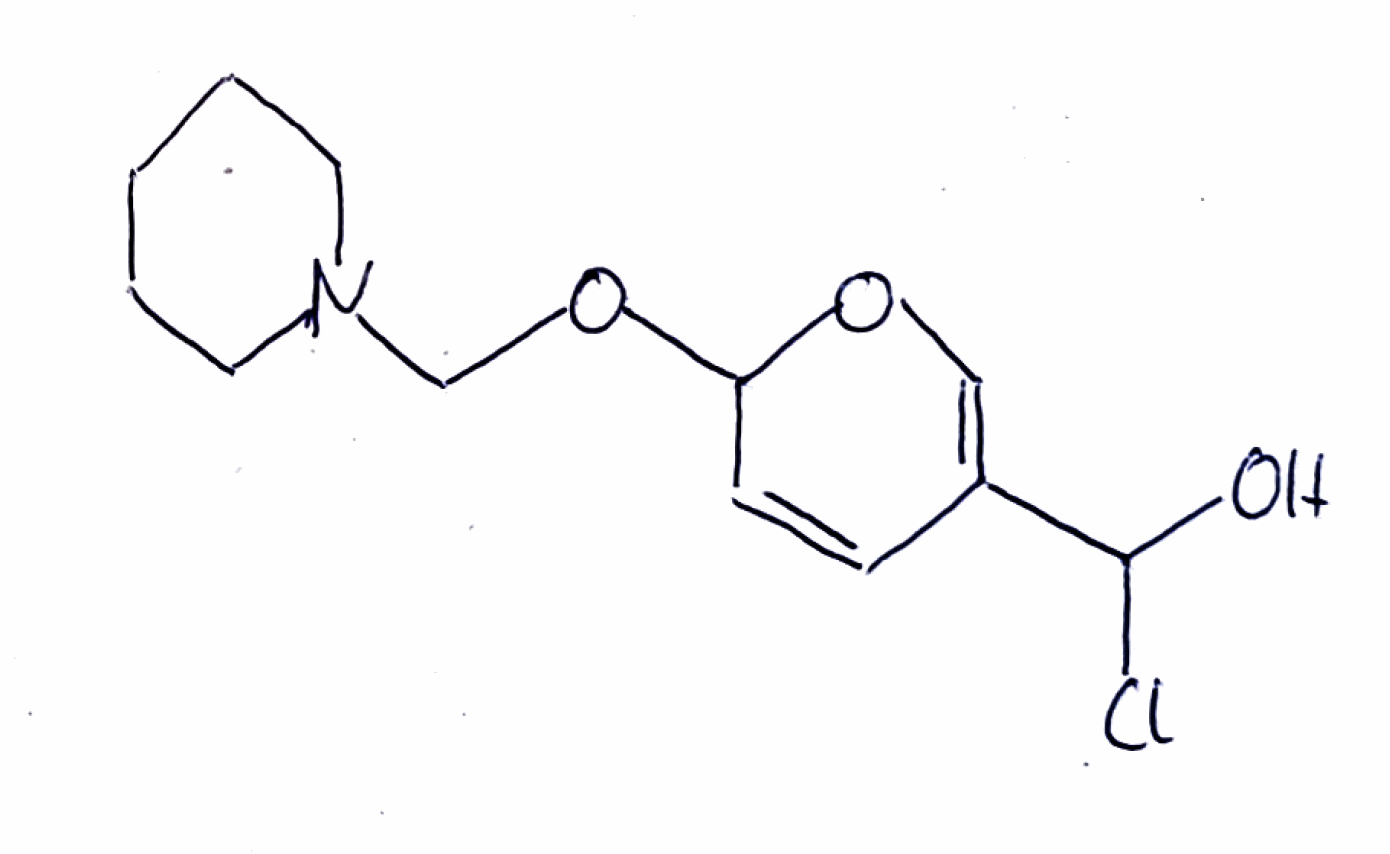
Simplified molecular-input line-entry system (SMILES) notation of the given molecule:
C1CCN(CC1)COC2C=CC(=CO2)C(O)Cl